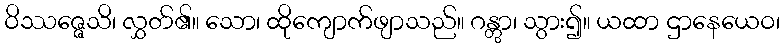
ဝိဿဇ္ဇေသိ၊ လွှတ်၏။ သော၊ ထိုကျောက်ဖျာသည်။ ဂန္တွာ၊ သွား၍။ ယထာ ဌာနေယေဝ၊